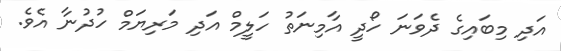
އަދި މިބައިގެ ދެވަނަ ހޯދީ އާމިނަތު ހަލީމް އަދި މަރިޔަމް ހުދުނާ އެވެ.